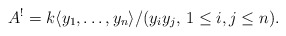
\begin{gather*}A^{!}=k\langle y_1,\ldots,y_n\rangle /(y_iy_j, \, 1 \le i,j \le n).\end{gather*}